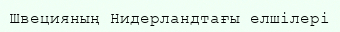
Швецияның Нидерландтағы елшілері